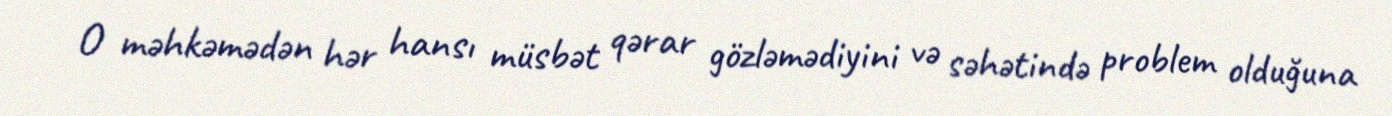
O məhkəmədən hər hansı müsbət qərar gözləmədiyini və səhətində problem olduğuna